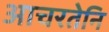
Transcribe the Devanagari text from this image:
आचरतेनि